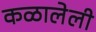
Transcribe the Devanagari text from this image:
कळालेली